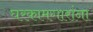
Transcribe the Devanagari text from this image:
घरकामगारांना